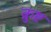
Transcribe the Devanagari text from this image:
क्रुष्ट